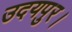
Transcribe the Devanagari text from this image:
उदयपुर।